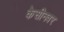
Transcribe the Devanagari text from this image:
केसीनवर